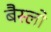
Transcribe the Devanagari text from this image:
बैस्लो